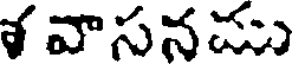
శ వాసనము